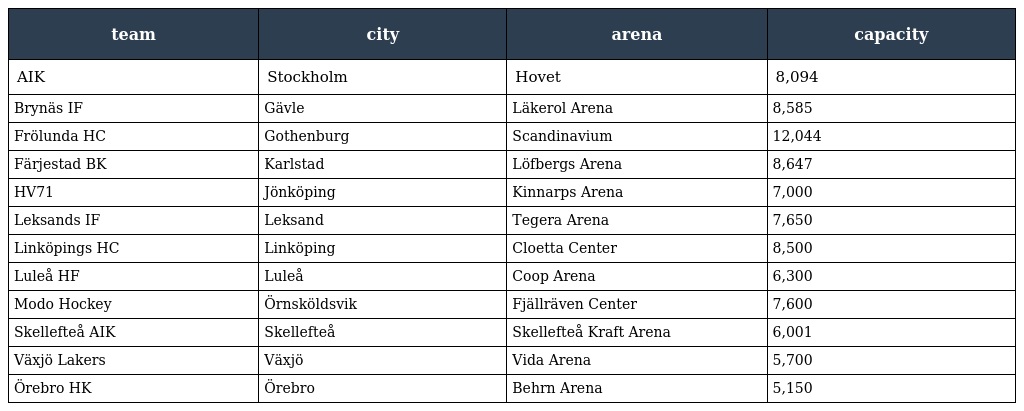
| team | city | arena | capacity |
 | --- | --- | --- | --- |
 | AIK | Stockholm | Hovet | 8,094 |
 | Brynäs IF | Gävle | Läkerol Arena | 8,585 |
 | Frölunda HC | Gothenburg | Scandinavium | 12,044 |
 | Färjestad BK | Karlstad | Löfbergs Arena | 8,647 |
 | HV71 | Jönköping | Kinnarps Arena | 7,000 |
 | Leksands IF | Leksand | Tegera Arena | 7,650 |
 | Linköpings HC | Linköping | Cloetta Center | 8,500 |
 | Luleå HF | Luleå | Coop Arena | 6,300 |
 | Modo Hockey | Örnsköldsvik | Fjällräven Center | 7,600 |
 | Skellefteå AIK | Skellefteå | Skellefteå Kraft Arena | 6,001 |
 | Växjö Lakers | Växjö | Vida Arena | 5,700 |
 | Örebro HK | Örebro | Behrn Arena | 5,150 |